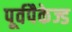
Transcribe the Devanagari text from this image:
पूर्वपैकेज्ड